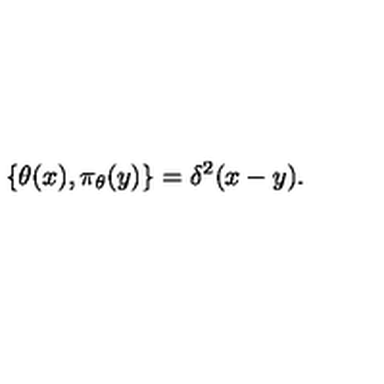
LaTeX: \{ \theta ( x ) , \pi _ { \theta } ( y ) \} = \delta ^ { 2 } ( x - y ) .